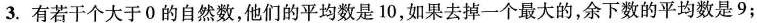
3. 有若干个大于 0 的自然数，他们的平均数是 10，如果去掉一个最大的，余下数的平均数是 9；